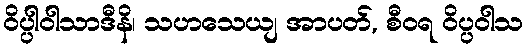
ဝိပ္ပါဝါသာဒီနိ၊ သဟသေယျ အာပတ်, စီဝရ ဝိပ္ပဝါသ